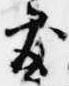
処